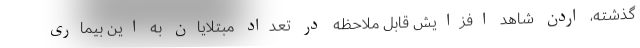
گذشته، اردن شاهد افزایش قابل ملاحظه در تعداد مبتلایان به این بیماری